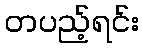
တပည့်ရင်း